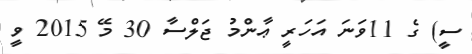
ސީ) ގެ 11ވަނަ އަހަރީ ޢާންމު ޖަލްސާ 30 މޭ 2015 ވީ